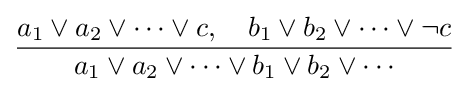
{\frac {a_{1}\lor a_{2}\lor \cdots \lor c,\quad b_{1}\lor b_{2}\lor \cdots \lor \neg c}{a_{1}\lor a_{2}\lor \cdots \lor b_{1}\lor b_{2}\lor \cdots }}